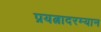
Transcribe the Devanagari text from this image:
प्रयत्नादरम्यान